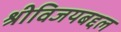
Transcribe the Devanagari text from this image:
श्रीविजयबद्दल